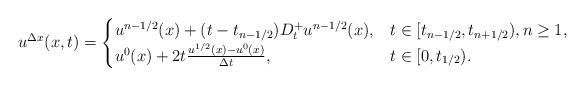
LaTeX: \begin{align*}u^{\Delta x}(x,t) = \begin{cases}u^{n-1/2}(x) + (t-t_{n-1/2}) D^{+}_{t}u^{n-1/2}(x), & t \in [t_{n-1/2}, t_{n+1/2}), n \ge 1, \\u^{0}(x) + 2t \frac{u^{1/2}(x)-u^{0}(x)}{\Delta t}, & t \in [0, t_{1/2}).\end{cases}\end{align*}